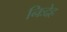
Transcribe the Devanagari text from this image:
निःदेह